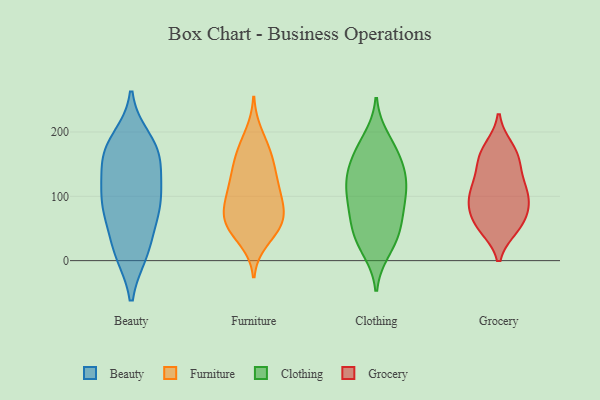
{"axis": {"x": "Temperature (°C)", "y": "Value"}, "legend": ["Beauty", "Clothing", "Furniture", "Grocery"], "data": [{"x": "", "y": 76, "type": "Beauty"}, {"x": "", "y": 164, "type": "Beauty"}, {"x": "", "y": 168, "type": "Beauty"}, {"x": "", "y": 84, "type": "Beauty"}, {"x": "", "y": 170, "type": "Beauty"}, {"x": "", "y": 13, "type": "Beauty"}, {"x": "", "y": 128, "type": "Beauty"}, {"x": "", "y": 15, "type": "Beauty"}, {"x": "", "y": 121, "type": "Beauty"}, {"x": "", "y": 85, "type": "Beauty"}, {"x": "", "y": 172, "type": "Beauty"}, {"x": "", "y": 105, "type": "Beauty"}, {"x": "", "y": 67, "type": "Beauty"}, {"x": "", "y": 188, "type": "Beauty"}, {"x": "", "y": 15, "type": "Beauty"}, {"x": "", "y": 126, "type": "Furniture"}, {"x": "", "y": 166, "type": "Furniture"}, {"x": "", "y": 45, "type": "Furniture"}, {"x": "", "y": 129, "type": "Furniture"}, {"x": "", "y": 173, "type": "Furniture"}, {"x": "", "y": 92, "type": "Furniture"}, {"x": "", "y": 137, "type": "Furniture"}, {"x": "", "y": 67, "type": "Furniture"}, {"x": "", "y": 94, "type": "Furniture"}, {"x": "", "y": 55, "type": "Furniture"}, {"x": "", "y": 158, "type": "Furniture"}, {"x": "", "y": 63, "type": "Furniture"}, {"x": "", "y": 95, "type": "Furniture"}, {"x": "", "y": 197, "type": "Furniture"}, {"x": "", "y": 106, "type": "Furniture"}, {"x": "", "y": 59, "type": "Furniture"}, {"x": "", "y": 32, "type": "Furniture"}, {"x": "", "y": 63, "type": "Furniture"}, {"x": "", "y": 48, "type": "Clothing"}, {"x": "", "y": 179, "type": "Clothing"}, {"x": "", "y": 143, "type": "Clothing"}, {"x": "", "y": 131, "type": "Clothing"}, {"x": "", "y": 60, "type": "Clothing"}, {"x": "", "y": 53, "type": "Clothing"}, {"x": "", "y": 134, "type": "Clothing"}, {"x": "", "y": 110, "type": "Clothing"}, {"x": "", "y": 91, "type": "Clothing"}, {"x": "", "y": 127, "type": "Clothing"}, {"x": "", "y": 93, "type": "Clothing"}, {"x": "", "y": 170, "type": "Clothing"}, {"x": "", "y": 157, "type": "Clothing"}, {"x": "", "y": 16, "type": "Clothing"}, {"x": "", "y": 190, "type": "Clothing"}, {"x": "", "y": 107, "type": "Clothing"}, {"x": "", "y": 81, "type": "Clothing"}, {"x": "", "y": 36, "type": "Clothing"}, {"x": "", "y": 22, "type": "Clothing"}, {"x": "", "y": 97, "type": "Grocery"}, {"x": "", "y": 52, "type": "Grocery"}, {"x": "", "y": 87, "type": "Grocery"}, {"x": "", "y": 175, "type": "Grocery"}, {"x": "", "y": 87, "type": "Grocery"}, {"x": "", "y": 54, "type": "Grocery"}, {"x": "", "y": 98, "type": "Grocery"}, {"x": "", "y": 132, "type": "Grocery"}, {"x": "", "y": 57, "type": "Grocery"}, {"x": "", "y": 152, "type": "Grocery"}, {"x": "", "y": 113, "type": "Grocery"}, {"x": "", "y": 168, "type": "Grocery"}, {"x": "", "y": 162, "type": "Grocery"}, {"x": "", "y": 60, "type": "Grocery"}, {"x": "", "y": 114, "type": "Grocery"}]}